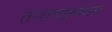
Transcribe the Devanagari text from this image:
तनावक्षमता